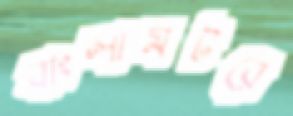
বাংলামটরে